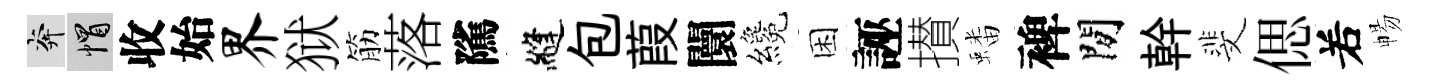
奔帽收始界狱筋落隲縫包葭闤纔困誣攅蟠裨閒幹斐偲𠰥暢